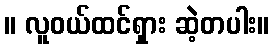
။ လူဝယ်ထင်ရှား ဆဲ့တပါး။